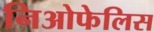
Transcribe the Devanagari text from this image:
निओफेलिस